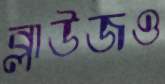
ব্লাউজও